Problem: 67 + 59 = ?
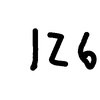
Handwritten answer: 126